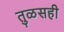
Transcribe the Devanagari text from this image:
तुळसही